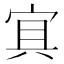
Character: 𡨋